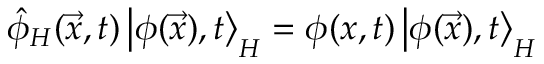
\hat { \phi } _ { H } ( \vec { x } , t ) \left| \phi ( \vec { x } ) , t \right> _ { H } = \phi ( x , t ) \left| \phi ( \vec { x } ) , t \right> _ { H }